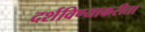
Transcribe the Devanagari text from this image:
दर्शविण्याकरीता